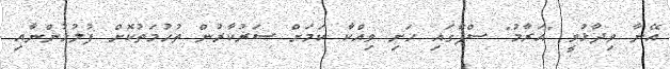
އޭނާ ވިދާޅުވީ "އަރާމު" ސްޕާގައި ހަށި ވިއްކާ ކަމަށް ސަރުކާރުން ތުހުމަތުކޮށް ފުލުހުންނާއި